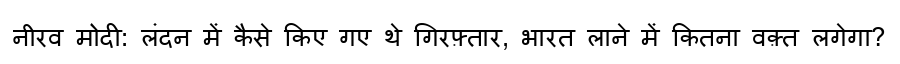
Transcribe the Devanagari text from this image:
नीरव मोदी: लंदन में कैसे किए गए थे गिरफ़्तार, भारत लाने में कितना वक़्त लगेगा?